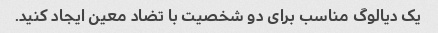
یک دیالوگ مناسب برای دو شخصیت با تضاد معین ایجاد کنید.